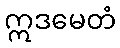
ဣဒမေတံ